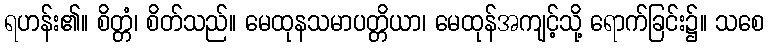
ရဟန်း၏။ စိတ္တံ၊ စိတ်သည်။ မေထုနသမာပတ္တိယာ၊ မေထုန်အကျင့်သို့ ရောက်ခြင်း၌။ သစေ